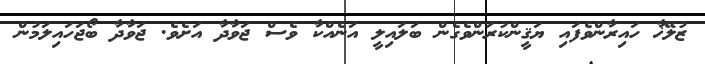
ޒުލޭޚާ ހައިރާންވެފައި ޔަޤީންކުރަންވެގެން ބަލައިލީ އަނެއްކާ ވެސް ޖަވާދާ އަށެވެ. ޖަވާދާ ބޯޖަހައިލަމުން